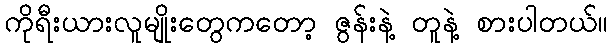
ကိုရီးယားလူမျိုးတွေကတော့ ဇွန်းနဲ့ တူနဲ့ စားပါတယ်။